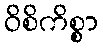
ဝိစိကိစ္စာ